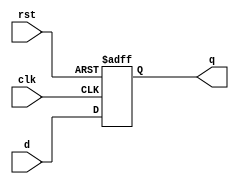
/***********************************************
    D - Flip-Flop  (positivee edge triggred)
    Asynchronous Reset (active low)
***********************************************/

module dff_Pe_ALr(q,d,clk,rst);

input d,clk,rst;
output reg q;

always@(posedge clk , negedge rst)
begin
    if(!rst)
        q<=1'b0;
    else 
        q<=d; 
end


endmodule